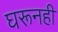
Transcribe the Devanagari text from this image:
घरूनही